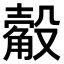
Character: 𣫅